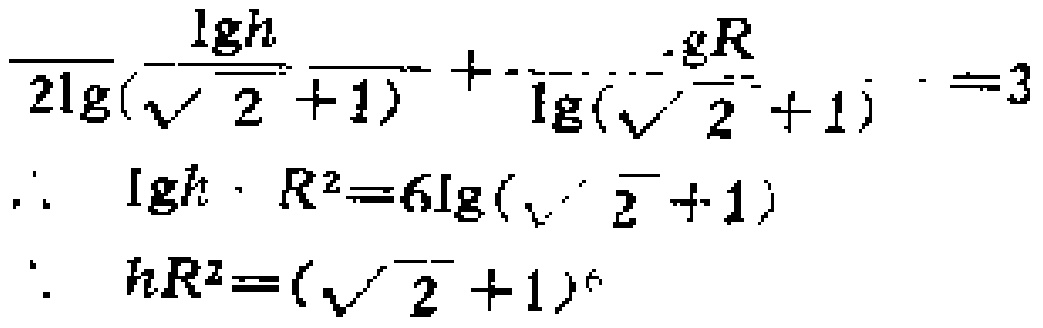
\[\begin{align*}
\frac{\lg h}{2\lg(\sqrt{2}+1)}+\frac{\lg R}{\lg(\sqrt{2}+1)}&=3\\
\lg h + 2\lg R&=6\lg(\sqrt{2}+1)\\
\lg(hR^{2})&=\lg((\sqrt{2}+1)^{6})\\
hR^{2}&=(\sqrt{2}+1)^{6}
\end{align*}\]